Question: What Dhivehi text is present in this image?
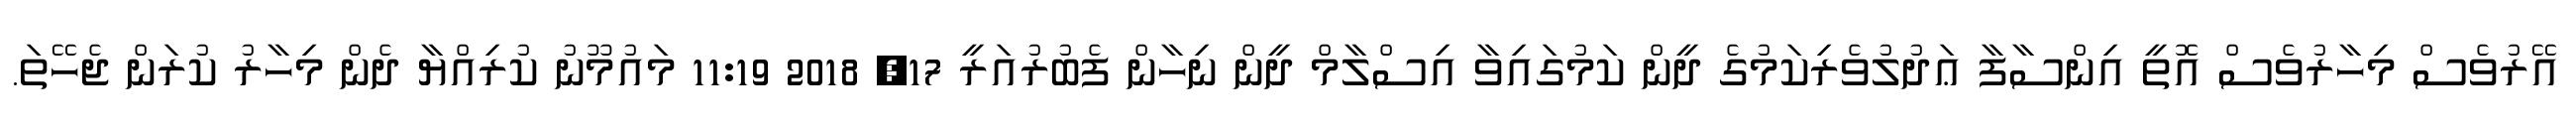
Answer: އޭރުވެސް މިހާރުވެސް އޮތީ އިންސާފާ ޢަދުލުވެރިކަމުގެ ދީން ކަމުގައިވާ އިސްލާމް ދީން ނިހާން ފެބުރުއަރީ 17, 2018 11:19 މައުމޫނު ކުރިއްޔާ ދެން މިހާރު ކުރަން ޖެހޭތަ.